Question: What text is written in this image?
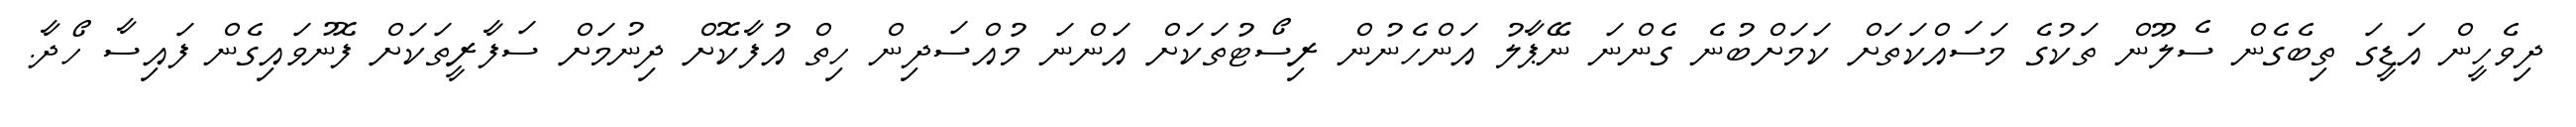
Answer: ދިވެހީން އަޑީގަ ތިބެގެން ސެލޫން ތަކުގެ މަސައްކަތަށް ކަމަށްބުނެ ގެންނަ ނޭޕާލު އަންހެނުން ރިސޯޓުތަކަށް އަންނަ މުއްސަދިން ހިތް އުފާކޮށް ދިނުމަށް ސަފާރީތަކަށް ފޮނުވައިގެން ފައިސާ ހޯދާ.